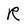
Character: R